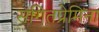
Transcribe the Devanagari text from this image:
संगितप्रेमिंना